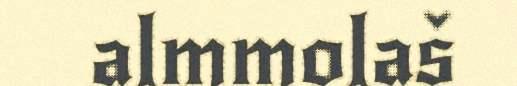
almmolaš